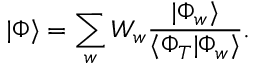
| \Phi \rangle = \sum _ { w } W _ { w } \frac { | \Phi _ { w } \rangle } { \langle \Phi _ { T } | \Phi _ { w } \rangle } .